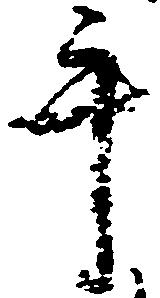
手